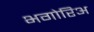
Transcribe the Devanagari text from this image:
भगोरिअ